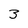
Character: 3